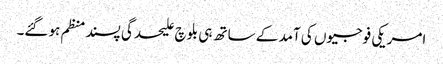
امریکی فوجیوں کی آمد کے ساتھ ہی بلوچ علیحدگی پسند منظم ہوگئے۔